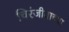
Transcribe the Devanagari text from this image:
चिरंजीवाच्या